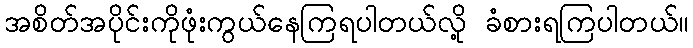
အစိတ်အပိုင်းကိုဖုံးကွယ်နေကြရပါတယ်လို့ ခံစားရကြပါတယ်။